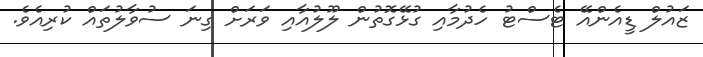
ޒައުލް ޑީއެންއޭ ޓެސްޓު ހެދުމާއި ގުޅޭގޮތުން ލޫލުއާއި ވަރަށް ގިނަ ސުވާލުތައް ކުރިއެވެ.